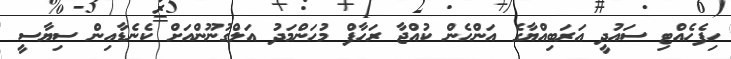
ހިފެހެއްޓި ސައުދީ އަރަބިއްޔާގެ އަންހެން ކުއްޖާ ރަހާފް މުހަންމަދު އަލްގުނޫންއަށް ކެނެޑާއިން ސިޔާސީ